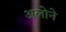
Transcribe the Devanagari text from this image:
अलोने